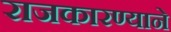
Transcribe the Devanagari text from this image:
राजकारण्याने